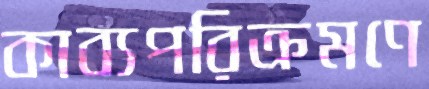
কাব্যপরিক্রমণে